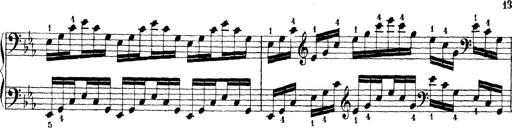
Title: Technische Studien
Composer: Franz Liszt